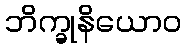
ဘိက္ခုနိယောဝ